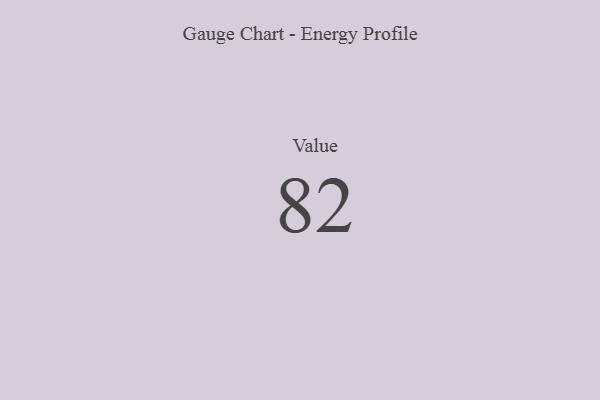
{"axis": {"x": "Metric", "y": "Value"}, "legend": [""], "data": [{"x": "Value", "y": 82, "type": ""}]}